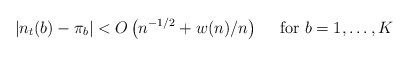
LaTeX: \begin{align*}|n_t(b) - \pi_b| < O\left(n^{-1/2} + w(n)/n\right)\ \ \ \mbox{ for } b = 1, \ldots, K\end{align*}